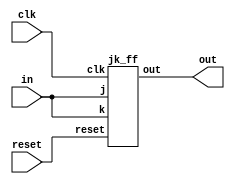
// Design a T filp-flop using JK flip-flop.

module t_ff(output out,
            input in, clk, reset);

jk_ff f0(out, in, in, clk, reset);

endmodule

module jk_ff(output reg out,
             input j, k , clk, reset);

always @(posedge reset or negedge clk)
begin
    if (reset)
    out <= 1'b0;
    else
    begin
    case ({j,k})
        2'b00: out <= out;
        2'b01: out <= 1'b0;
        2'b10: out <= 1'b1;
        2'b11: out <= ~out;
    endcase
    end
end

endmodule